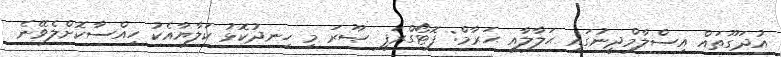
އުދަގޫތައް އިސްލާމްދީނުގައި ޙަލާލާއި ޙަރާމް: ފޮޓޯގްރަފީ ޞޫރަ މި ހިނދުކޮޅު ކަލާޔާއެކު ހިއްސާކޮށްލެވޭނެ